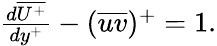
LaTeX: \begin{array}{r}{\frac{d\overline{{U^{+}}}}{dy^{+}}-(\overline{{uv}})^{+}=1.}\end{array}